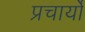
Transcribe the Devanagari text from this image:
प्रचार्यो